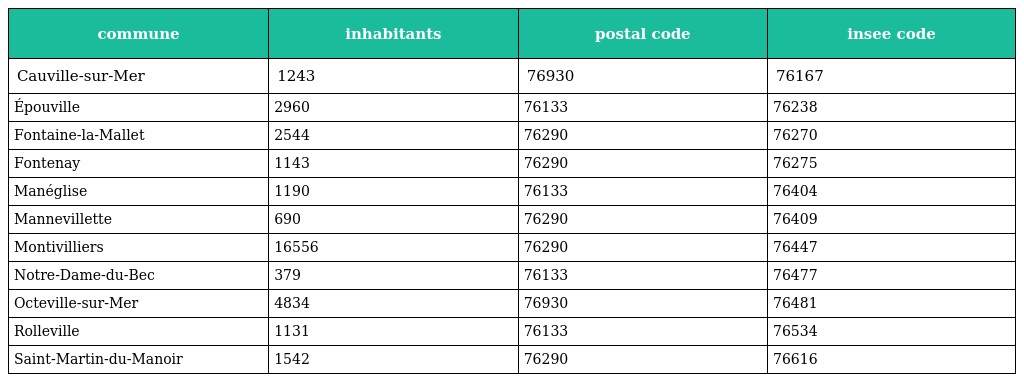
| commune | inhabitants | postal code | insee code |
 | --- | --- | --- | --- |
 | Cauville-sur-Mer | 1243 | 76930 | 76167 |
 | Épouville | 2960 | 76133 | 76238 |
 | Fontaine-la-Mallet | 2544 | 76290 | 76270 |
 | Fontenay | 1143 | 76290 | 76275 |
 | Manéglise | 1190 | 76133 | 76404 |
 | Mannevillette | 690 | 76290 | 76409 |
 | Montivilliers | 16556 | 76290 | 76447 |
 | Notre-Dame-du-Bec | 379 | 76133 | 76477 |
 | Octeville-sur-Mer | 4834 | 76930 | 76481 |
 | Rolleville | 1131 | 76133 | 76534 |
 | Saint-Martin-du-Manoir | 1542 | 76290 | 76616 |